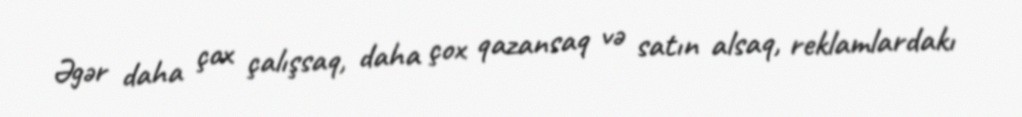
Əgər daha çox çalışsaq, daha çox qazansaq və satın alsaq, reklamlardakı